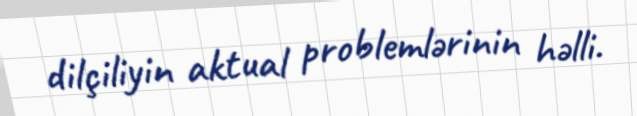
dilçiliyin aktual problemlərinin həlli.